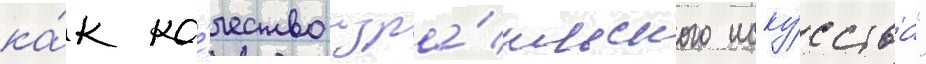
ка́к ка́чество изра́ильского иску́сства"